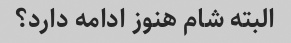
البته شام هنوز ادامه دارد؟